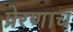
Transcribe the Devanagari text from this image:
प्रेरणाच